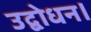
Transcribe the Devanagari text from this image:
उद्बोधन।